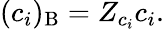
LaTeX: (c_{i})_{\mathrm{B}}=Z_{c_{i}}c_{i}.